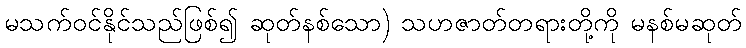
မသက်ဝင်နိုင်သည်ဖြစ်၍ ဆုတ်နစ်သော) သဟဇာတ်တရားတို့ကို မနစ်မဆုတ်